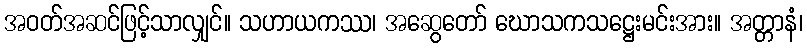
အဝတ်အဆင်ဖြင့်သာလျှင်။ သဟာယကဿ၊ အဆွေတော် ဃောသကသဋ္ဌေးမင်းအား။ အတ္တာနံ၊